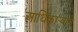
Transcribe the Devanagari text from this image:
आधिकार्‍याने